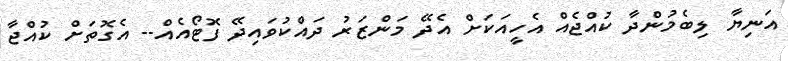
އަނިޔާ ލިބެމުންދާ ކުއްޖެއް އެހީއަކަށް އެދޭ މަންޒަރު ދައްކުވައިދޭ ފޮޓޯއެއް-- އެގޮތަށް ކުއްޖާ